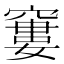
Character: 窶